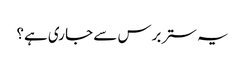
یہ ستر برس سے جا ری ہے؟